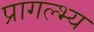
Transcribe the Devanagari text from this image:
प्रागल्भ्य